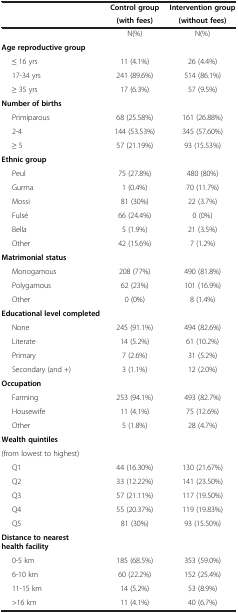
<table><thead><tr><td><b> </b></td><td><b>Control group</b></td><td><b>Intervention group</b></td></tr><tr><td><b> </b></td><td><b>(with fees)</b></td><td><b>(without fees)</b></td></tr></thead><tbody><tr><td> </td><td>N(%)</td><td>N(%)</td></tr><tr><td><b>Age reproductive group</b></td><td> </td><td> </td></tr><tr><td>≤ 16 yrs</td><td>11 (4.1%)</td><td>26 (4.4%)</td></tr><tr><td>17-34 yrs</td><td>241 (89.6%)</td><td>514 (86.1%)</td></tr><tr><td>≥ 35 yrs</td><td>17 (6.3%)</td><td>57 (9.5%)</td></tr><tr><td><b>Number of births</b></td><td> </td><td> </td></tr><tr><td>Primiparous</td><td>68 (25.58%)</td><td>161 (26.88%)</td></tr><tr><td>2-4</td><td>144 (53.53%)</td><td>345 (57.60%)</td></tr><tr><td>≥ 5</td><td>57 (21.19%)</td><td>93 (15.53%)</td></tr><tr><td><b>Ethnic group</b></td><td> </td><td> </td></tr><tr><td>Peul</td><td>75 (27.8%)</td><td>480 (80%)</td></tr><tr><td>Gurma</td><td>1 (0.4%)</td><td>70 (11.7%)</td></tr><tr><td>Mossi</td><td>81 (30%)</td><td>22 (3.7%)</td></tr><tr><td>Fulsé</td><td>66 (24.4%)</td><td>0 (0%)</td></tr><tr><td>Bella</td><td>5 (1.9%)</td><td>21 (3.5%)</td></tr><tr><td>Other</td><td>42 (15.6%)</td><td>7 (1.2%)</td></tr><tr><td><b>Matrimonial status</b></td><td> </td><td> </td></tr><tr><td>Monogamous</td><td>208 (77%)</td><td>490 (81.8%)</td></tr><tr><td>Polygamous</td><td>62 (23%)</td><td>101 (16.9%)</td></tr><tr><td>Other</td><td>0 (0%)</td><td>8 (1.4%)</td></tr><tr><td><b>Educational level completed</b></td><td> </td><td> </td></tr><tr><td>None</td><td>245 (91.1%)</td><td>494 (82.6%)</td></tr><tr><td>Literate</td><td>14 (5.2%)</td><td>61 (10.2%)</td></tr><tr><td>Primary</td><td>7 (2.6%)</td><td>31 (5.2%)</td></tr><tr><td>Secondary (and +)</td><td>3 (1.1%)</td><td>12 (2.0%)</td></tr><tr><td><b>Occupation</b></td><td> </td><td> </td></tr><tr><td>Farming</td><td>253 (94.1%)</td><td>493 (82.7%)</td></tr><tr><td>Housewife</td><td>11 (4.1%)</td><td>75 (12.6%)</td></tr><tr><td>Other</td><td>5 (1.8%)</td><td>28 (4.7%)</td></tr><tr><td><b>Wealth quintiles</b></td><td rowspan="2"> </td><td rowspan="2"> </td></tr><tr><td>(from lowest to highest)</td></tr><tr><td>Q1</td><td>44 (16.30%)</td><td>130 (21.67%)</td></tr><tr><td>Q2</td><td>33 (12.22%)</td><td>141 (23.50%)</td></tr><tr><td>Q3</td><td>57 (21.11%)</td><td>117 (19.50%)</td></tr><tr><td>Q4</td><td>55 (20.37%)</td><td>119 (19.83%)</td></tr><tr><td>Q5</td><td>81 (30%)</td><td>93 (15.50%)</td></tr><tr><td><b>Distance to nearest health facility</b></td><td> </td><td> </td></tr><tr><td>0-5 km</td><td>185 (68.5%)</td><td>353 (59.0%)</td></tr><tr><td>6-10 km</td><td>60 (22.2%)</td><td>152 (25.4%)</td></tr><tr><td>11-15 km</td><td>14 (5.2%)</td><td>53 (8.9%)</td></tr><tr><td>&gt;16 km</td><td>11 (4.1%)</td><td>40 (6.7%)</td></tr></tbody></table>